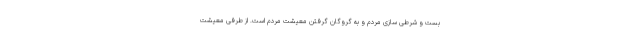
بست و شرطی سازی مردم و به گروگان گرفتن معیشت مردم است. از طرفی معیشت